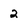
Character: 2